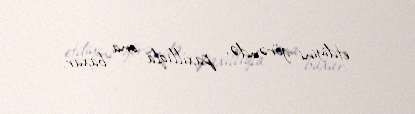
etdiyini görəndə, paxıllıqla ona baxar.